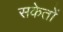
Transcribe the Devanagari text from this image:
सकेतों